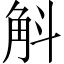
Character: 斛